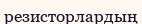
резисторлардың